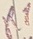
Text: R1